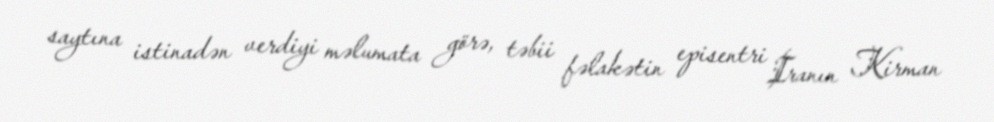
saytına istinadən verdiyi məlumata görə, təbii fəlakətin episentri İranın Kirman